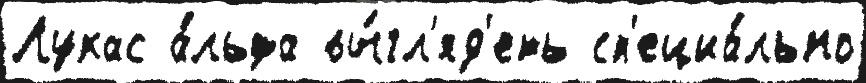
Лукас а́льфа вы́гл'яд'еть сп'ециа́льно